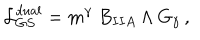
LaTeX: { \cal L } _ { G S } ^ { d u a l } = m ^ { \gamma } ~ B _ { I I A } \wedge G _ { \gamma } \, ,